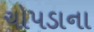
ચોપડાના